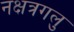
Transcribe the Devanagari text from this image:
नक्षत्रगलु